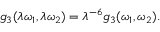
g _ { 3 } ( \lambda \omega _ { 1 } , \lambda \omega _ { 2 } ) = \lambda ^ { - 6 } g _ { 3 } ( \omega _ { 1 } , \omega _ { 2 } ) .